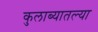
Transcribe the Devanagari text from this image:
कुलाब्यातल्या